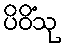
ပိဝိံသု